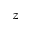
z